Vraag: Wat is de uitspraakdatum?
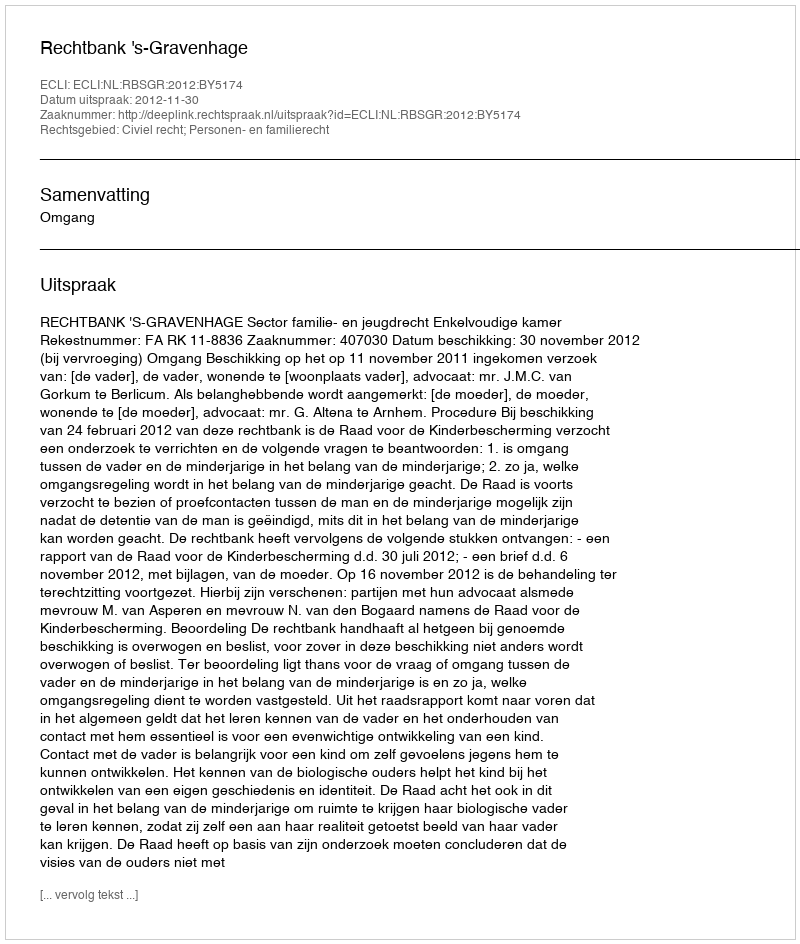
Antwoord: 2012-11-30